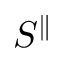
S ^ { \parallel }